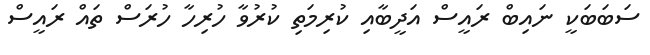
ސަބަބަކީ ނައިބް ރައީސް އަދީބާއި ކުރިމަތި ކުރުވާ ހުރިހާ ހުރަސް ތައް ރައީސް